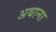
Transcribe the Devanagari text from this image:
अथाना